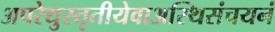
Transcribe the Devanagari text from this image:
अपरेद्युस्तृतीयेवाअस्थिसंचयनं